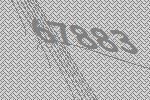
67883